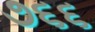
૭૬૬